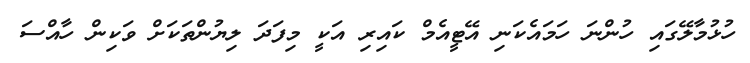
ހުޅުމާލޭގައި ހުންނަ ހަމައެކަނި އޭޓީއެމް ކައިރި އަކީ މިފަދަ ލިޔުންތަކަށް ވަކިން ހާއްސަ